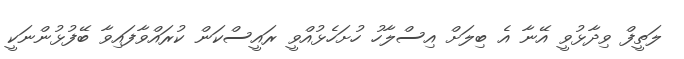
ލަތީފް ވިދާޅުވީ އޭނާ އެ ބިލަށް އިސްލާހު ހުށަހެޅުއްވީ ރައީސްކަން ކުރައްވާފައިވާ ބޭފުޅުންނަކީ